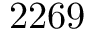
2 2 6 9